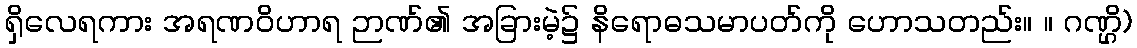
ရှိလေရကား အရဏဝိဟာရ ဉာဏ်၏ အခြားမဲ့၌ နိရောဓသမာပတ်ကို ဟောသတည်း။ ။ ဂဏ္ဌိ)